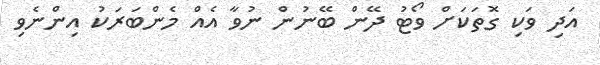
އަދި ވަކި ގޮތަކަށް ވޯޓު ދޭން ބޭނުން ނުވާ އެއް މެންބަރަކު އިންނެވި